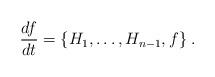
LaTeX: \begin{align*}\frac{df}{dt}=\{H_1,\ldots,H_{n-1},f\}\; .\end{align*}